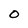
Character: 0